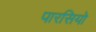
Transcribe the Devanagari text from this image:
पारसियो